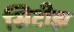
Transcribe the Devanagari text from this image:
सिटीझ